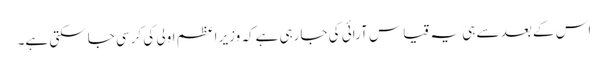
اس کے بعد سے ہی یہ قیاس آرائی کی جارہی ہےکہ وزیر اعظم اولی کی کرسی جاسکتی ہے۔